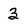
Character: 3